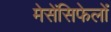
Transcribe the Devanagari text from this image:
मेसेंसिफेलों